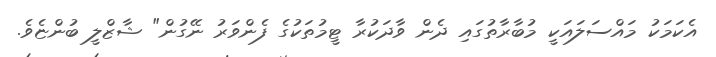
އެކަމަކު މައްސަލައަކީ މުބާރާތުގައި ދެން ވާދަކުރާ ޓީމުތަކުގެ ފެންވަރު ނޭގުން" ޝާޒްލީ ބުންޏެވެ.